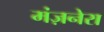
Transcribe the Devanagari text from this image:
मंज़नेरा